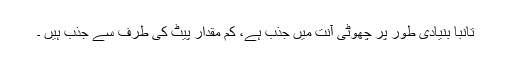
تانبا بنیادی طور پر چھوٹی آنت میں جذب ہے، کم مقدار پیٹ کی طرف سے جذب ہیں ۔